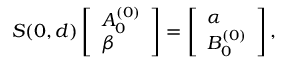
S ( 0 , d ) \left[ \begin{array} { l } { A _ { 0 } ^ { ( 0 ) } } \\ { \beta } \end{array} \right] = \left[ \begin{array} { l } { \alpha } \\ { B _ { 0 } ^ { ( 0 ) } } \end{array} \right] ,